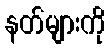
နတ်များကို